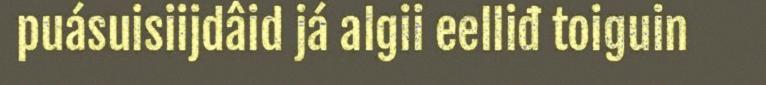
puásuisiijdâid já algii eelliđ toiguin